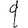
Digit: 9